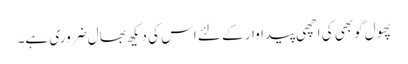
پھول گوبھی کی اچھی پیداوار کے لئے اس کی دیکھ بھال ضروری ہے۔